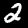
Label: 2